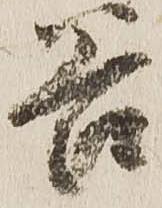
谷